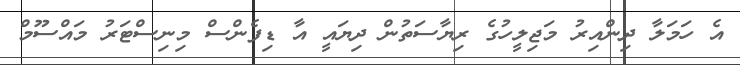
އެ ހަމަލާ ދިންއިރު މަޖިލީހުގެ ރިޔާސަތުން ދިޔައީ އާ ޑިފެންސް މިނިސްޓަރު މައްސޫމް